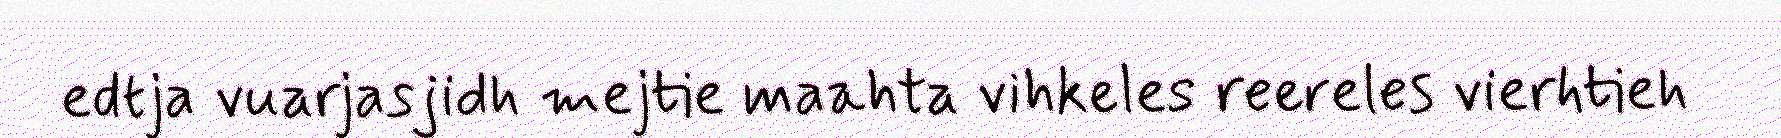
edtja vuarjasjidh mejtie maahta vihkeles reereles vierhtieh